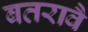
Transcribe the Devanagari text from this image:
बतरावै